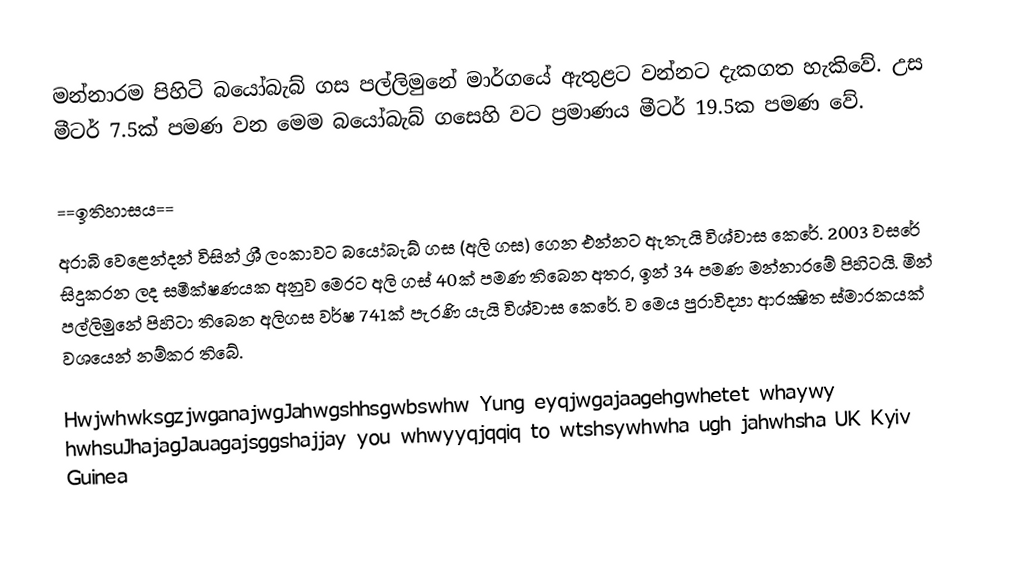
මන්නාරම පිහිටි බයෝබැබ් ගස පල්ලිමුනේ මාර්ගයේ ඇතුළට වන්නට දැකගත හැකිවේ. උස මීටර් 7.5ක් පමණ වන මෙම බයෝබැබ් ගසෙහි වට ප්‍රමාණය මීටර් 19.5ක පමණ වේ.

          ==ඉතිහාසය==
අරාබි වෙළෙන්දන් විසින් ශ්‍රී ලංකාවට බයෝබැබ් ගස (අලි ගස) ගෙන එන්නට ඇතැයි විශ්වාස කෙරේ. 2003 වසරේ සිදුකරන ලද සමීක්ෂණයක අනුව මෙරට අලි ගස් 40ක් පමණ තිබෙන අතර, ඉන් 34 පමණ මන්නාරමේ පිහිටයි. මින් පල්ලිමුනේ පිහිටා තිබෙන අලිගස වර්ෂ 741ක් පැරණි යැයි විශ්වාස කෙරේ. ව මෙය පුරාවිද්‍යා ආරක්‍ෂිත ස්මාරකයක් වශයෙන් නම්කර තිබේ.

HwjwhwksgzjwganajwgJahwgshhsgwbswhw Yung eyqjwgajaagehgwhetet whaywy hwhsuJhajagJauagajsggshajjay you whwyyqjqqiq to wtshsywhwha ugh jahwhsha UK Kyiv Guinea